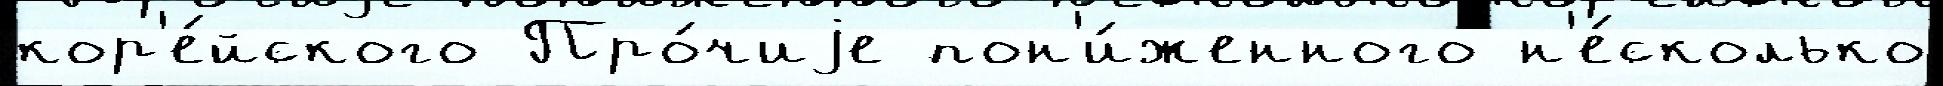
кор'е́йского Про́чиjе пон'и́женного н'е́сколько